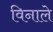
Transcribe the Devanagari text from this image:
विनाले